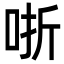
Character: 哳